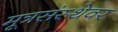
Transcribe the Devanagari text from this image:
मूत्रसंस्थेवर